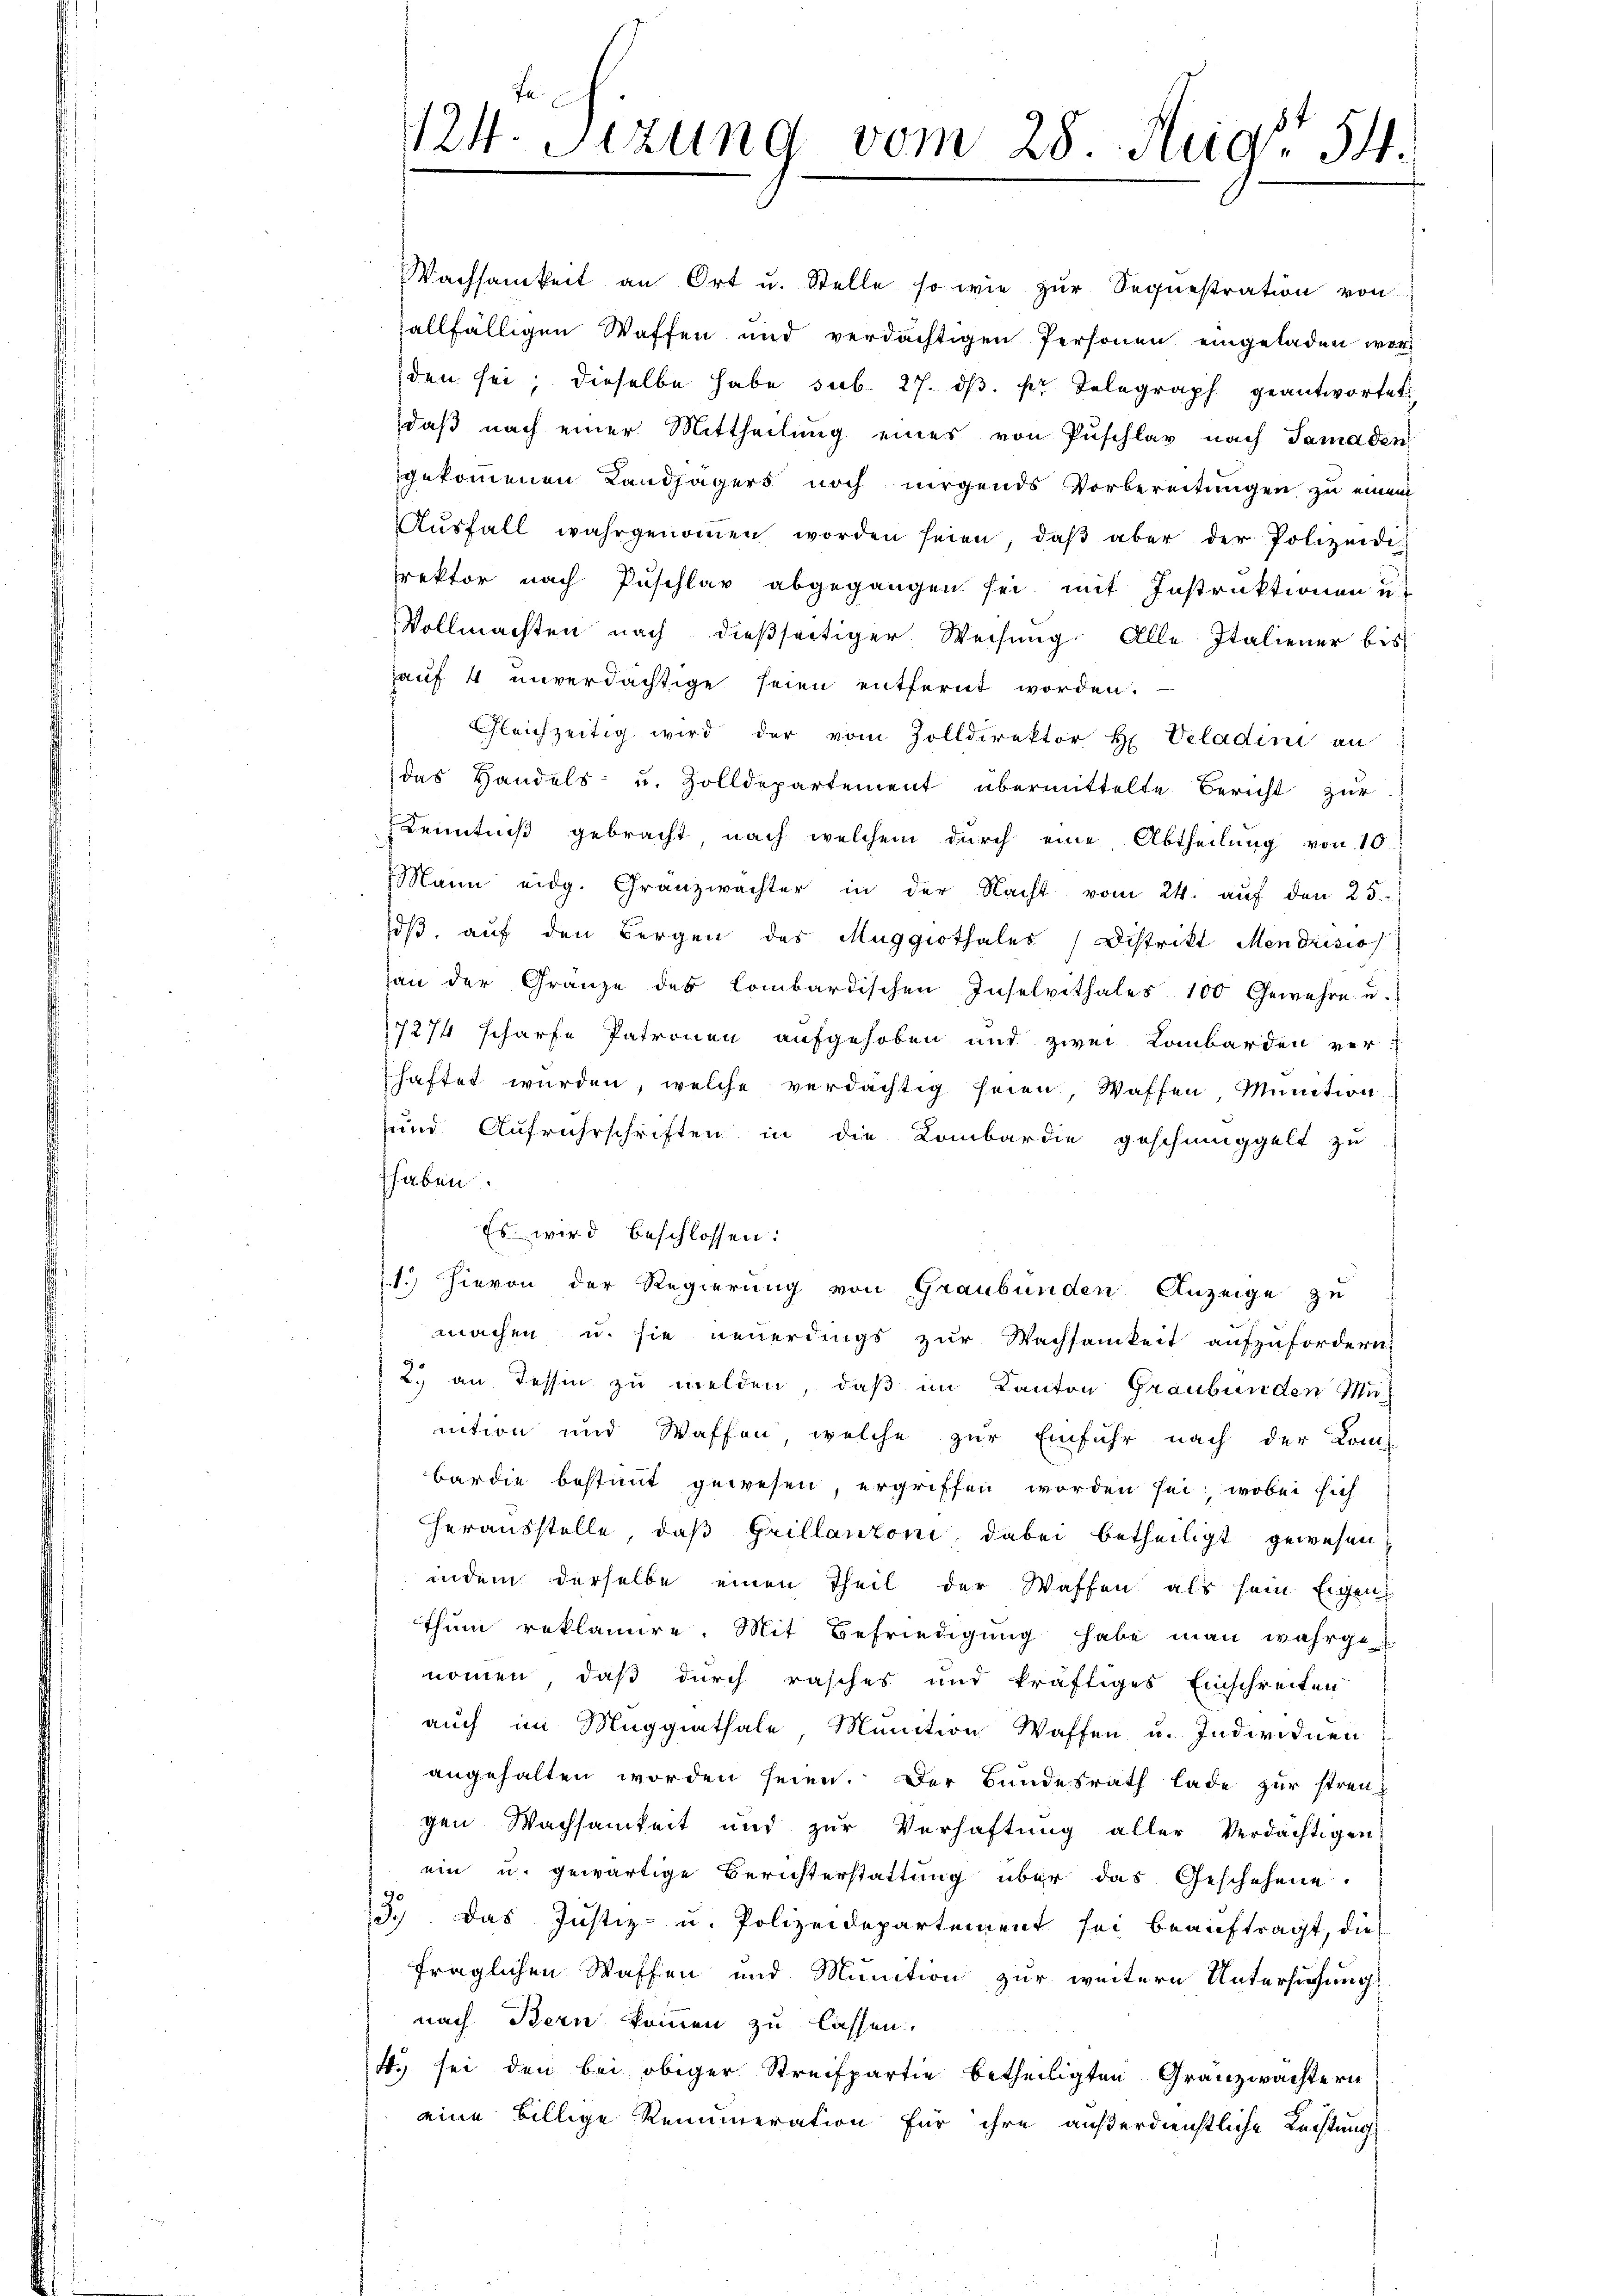
Wachsamkeit an Ort u. Stelle so wie zur Sequestration von
allfälligen Waffen und verdächtigen Personen eingeladen worden sei; dieselbe habe sub. 27. dβ. pr. Telegraph geantwortet
daβ nach einer Mittheilŭng eines von Puschlag nach Samaden
gekommenen Landjägers noch nirgends Vorbereitungen zu einem
Aŭsfall wahrgenoṁen worden seien, daβ aber der Polizeidi-
rektor nach Puschlar abgegangen sei mit Instruktionen u.
Vollmachten nach dießseitiger Weisŭng Alle Italiener bis
auf 4 unverdächtige seien entfernt worden.
Gleichzeitig wird der vom Zolldirektor H. Veladini an
das Handels- u. Zolldepartement übermittelte Bericht zur
Kenntniß gebracht nach welchem durch eine Abtheilung von 10
Mann eidg. Granzwachter in der Nacht vom 24. aŭf den 25.
oβ, auf den Bergen des Maggiothales Distrikt Mendrisiss
an der Gränze des lombardischen Inselvithales 100 Gewehre u.
7274 scharfe Patronen aufgehoben und zwei Lombarden verhaftet wurden, welche verdächtig seien, Waffen, Munition
sund Aufruhrschriften in die Kombardie geschmuggelt zu
haben.
Es wird beschlossen:
1.) Hievon der Regierung von Graubünden Anzeige zu
machen u. sie neuerdings zur Wachsamkeit aufzufordern,
2. an Tessin zu melden, daß im Kanton Graubünden Me-
ntion und Waffen, welche zur Einfuhr nach der Kom-
bardie bestimmt gewesen, ergriffen worden sei, wobei sich
herausstelle, daß Grillantoni dabei betheiligt gewesen
indem derselbe einen Theil der Waffen als sein Eigen
thum reklamire. Mit Befriedigung habe man wahrge-
nommen, daß durch rasches und kräftiges Einschreiten
auch im Maggiathale, Munition Waffen u. Individuen
angehalten worden seien. Der Bundesrath lade zur strengen Wachsamkeit und zur Verhaftung aller Verdächtigen
ein u. gewärtige Berichterstattung über das Geschehene
13.) Das Justiz- u. Polizeidepartement sei beauftragt, die
fraglichen Waffen und Munition zur weitere Untersuchung
nach Bern kommen zu lassen.
4. sei den bei obiger Streifpartie betheiligten Granzwachtern
eine billige Renumeration für ihre außerdienstliche Rechtung

124. Sizung vom 28. Aug. 54.